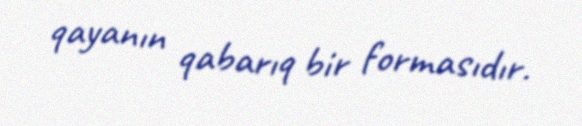
qayanın qabarıq bir formasıdır.